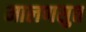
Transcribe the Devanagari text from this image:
मालणसुत